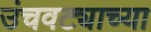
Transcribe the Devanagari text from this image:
उंचवट्याच्या